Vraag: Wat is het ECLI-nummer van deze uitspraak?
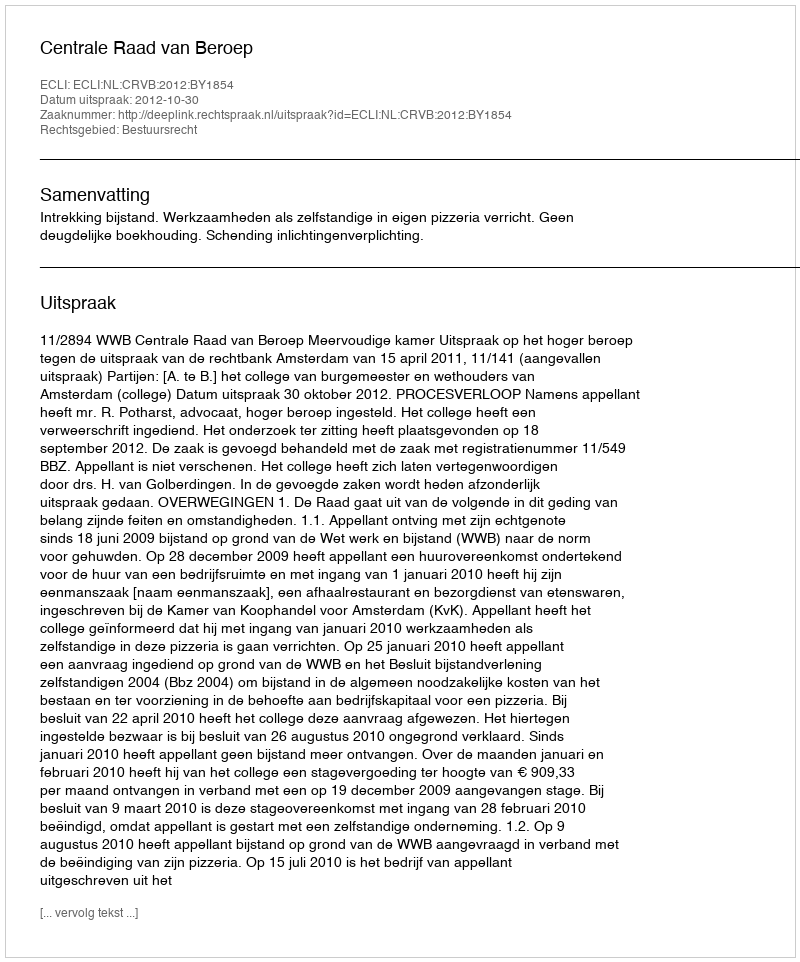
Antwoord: ECLI:NL:CRVB:2012:BY1854